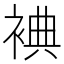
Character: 𲀵